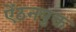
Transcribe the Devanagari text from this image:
ऐंठनयुक्त